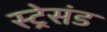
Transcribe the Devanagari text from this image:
स्ट्रेसंड